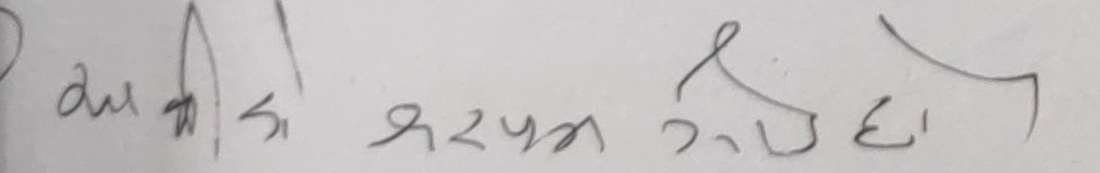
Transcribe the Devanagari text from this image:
दुलही का घरमा गएको